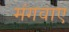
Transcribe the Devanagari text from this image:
मंगवाए